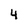
Character: 4